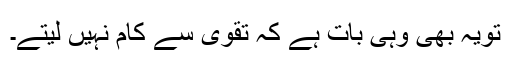
تویہ بھی وہی بات ہے کہ تقویٰ سے کام نہیں لیتے۔